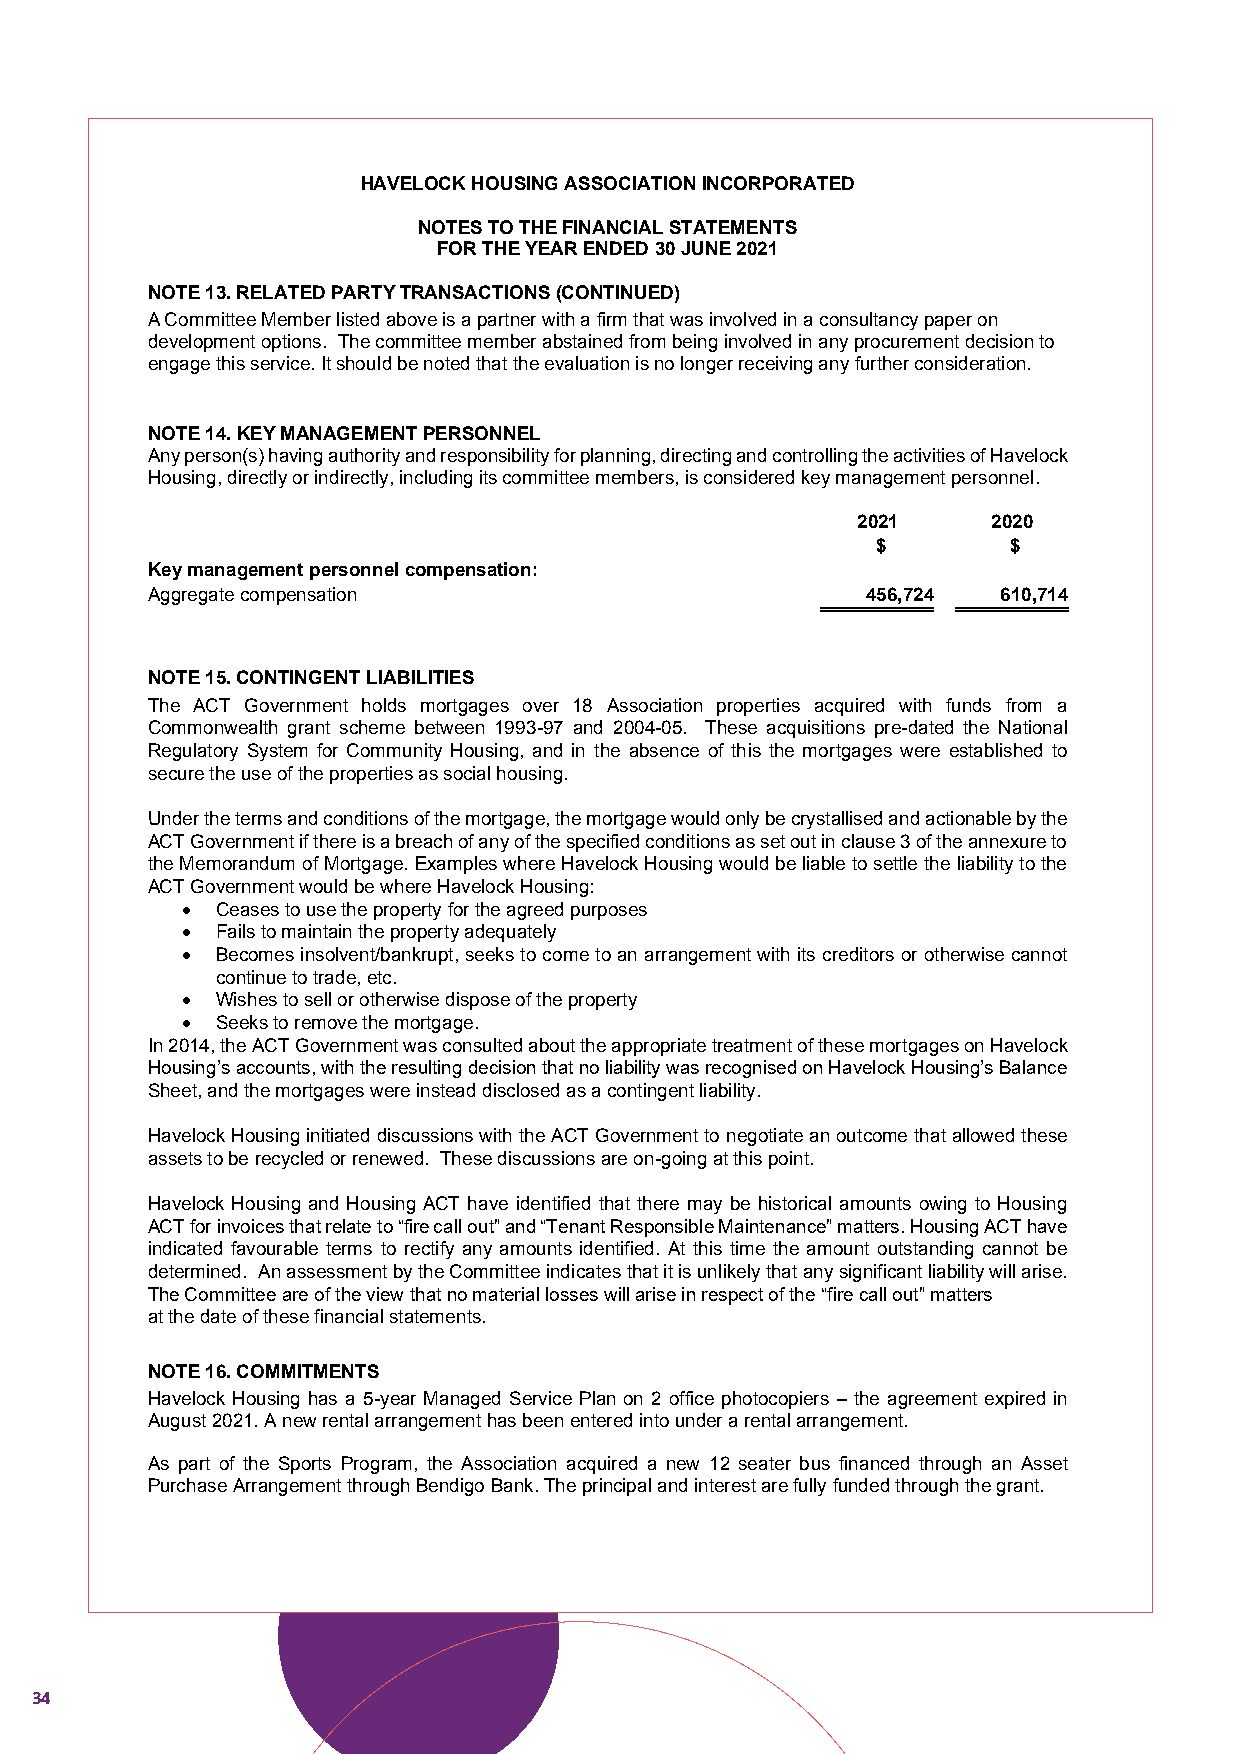
HAVELOCK HOUSING ASSOCIATIONINCORPORATED
 NOTES TO THE FINANCIAL STATEMENTS
 FOR THE YEAR ENDED30 JUNE 2021
 NOTE 13. RELATED PARTY TRANSACTIONS(CONTINUED)
 A Committee Member listed above is a partner with a firm that was involved in a consultancy paper on
 development options. The committee member abstained from being involved in any procurement decision to
 engage this service. It should be noted that the evaluation is no longer receiving any further consideration.
 NOTE 14.KEY MANAGEMENT PERSONNEL
 Any person(s) having authority and responsibility for planning, directing and controlling the activities of Havelock
 Housing, directly or indirectly, including its committee members, is considered key management personnel.
 2021     2020
 $        $
 Key management personnel compensation:
 Aggregate compensation                         456,724  610,714
 NOTE 15. CONTINGENT LIABILITIES
 The ACT Government holds mortgages over 18 Association properties acquired with funds from a
 Commonwealth grant scheme between 1993-97 and 2004-05. These acquisitions pre-dated the National
 Regulatory System for Community Housing, and in the absence of this the mortgages were established to
 secure the use of the properties as social housing.
 Under the terms and conditions of the mortgage, the mortgage would only be crystallised and actionable by the
 ACT Government if there is a breach of any of the specified conditions as set out in clause 3 of the annexure to
 the Memorandum of Mortgage. Examples where Havelock Housing would be liable to settle the liability to the
 ACT Government would be where Havelock Housing:
 • Ceases to use the property for the agreed purposes
 • Fails to maintain the property adequately
 • Becomes insolvent/bankrupt, seeks to come to an arrangement with its creditors or otherwise cannot
 continue to trade, etc.
 • Wishes to sell or otherwise dispose of the property
 • Seeks to remove the mortgage.
 In 2014, the ACT Government was consulted about the appropriate treatment of these mortgages on Havelock
 Housing’s accounts, with the resulting decision that no liability was recognised on Havelock Housing’s Balance
 Sheet, and the mortgages were instead disclosed as a contingent liability.
 Havelock Housing initiated discussions with the ACT Government to negotiate an outcome that allowed these
 assets to be recycled or renewed. These discussions are on-going at this point.
 Havelock Housing and Housing ACT have identified that there may be historical amounts owing to Housing
 ACT for invoices that relate to “fire call out” and “Tenant Responsible Maintenance” matters. Housing ACT have
 indicated favourable terms to rectify any amounts identified. At this time the amount outstanding cannot be
 determined. An assessment by the Committee indicates that it is unlikely that any significant liability will arise.
 The Committee are of the view that no material losses will arise in respect of the “fire call out” matters
 at the date of these financial statements.
 NOTE 16. COMMITMENTS
 Havelock Housing has a 5-year Managed Service Plan on 2 office photocopiers – the agreement expired in
 August 2021. A new rental arrangement has been entered into under a rental arrangement.
 As part of the Sports Program, the Association acquired a new 12 seater bus financed through an Asset
 Purchase Arrangement through Bendigo Bank. The principal and interest are fully funded through the grant.
 18
 34